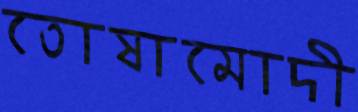
তোষামোদী